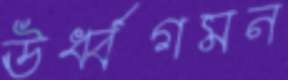
ঊর্ধ্বগমন